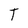
Character: T